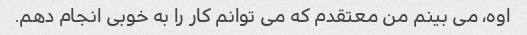
اوه، می بینم من معتقدم که می توانم کار را به خوبی انجام دهم.